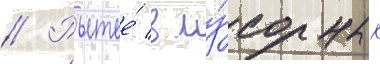
// Рытье́ в му́сорных